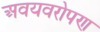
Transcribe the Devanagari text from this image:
अवयवरोपण